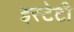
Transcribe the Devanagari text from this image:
इस्टेटी